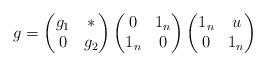
LaTeX: \begin{align*}g=\begin{pmatrix}g_{1}&\ast\\0&g_{2}\end{pmatrix} \begin{pmatrix}0&1_n\\ 1_n&0\end{pmatrix} \begin{pmatrix}1_n&u\\0&1_n\end{pmatrix}\end{align*}